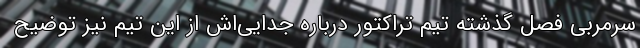
سرمربی فصل گذشته تیم تراکتور درباره جدایی‌اش از این تیم نیز توضیح